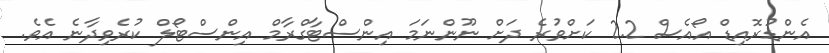
އެންޑުރޮއިޑް އޯއެސް 2.2 ކަށްވުރެ ދަށް ނޫންނަމަ އިންސްޓާގްރާމް އިންސްޓޯލް ކުރެވިދާނެ އެވެ.